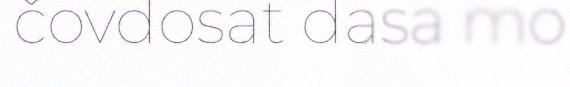
čovdosat dasa mo